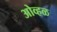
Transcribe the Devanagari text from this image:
ओव्हळ